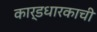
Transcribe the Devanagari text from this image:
कार्डधारकाची